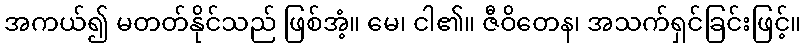
အကယ်၍ မတတ်နိုင်သည် ဖြစ်အံ့။ မေ၊ ငါ၏။ ဇီဝိတေန၊ အသက်ရှင်ခြင်းဖြင့်။